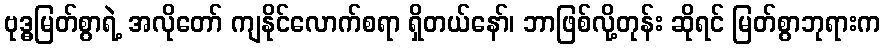
ဗုဒ္ဓမြတ်စွာရဲ့ အလိုတော် ကျနိုင်လောက်စရာ ရှိတယ်နော်၊ ဘာဖြစ်လို့တုန်း ဆိုရင် မြတ်စွာဘုရားက